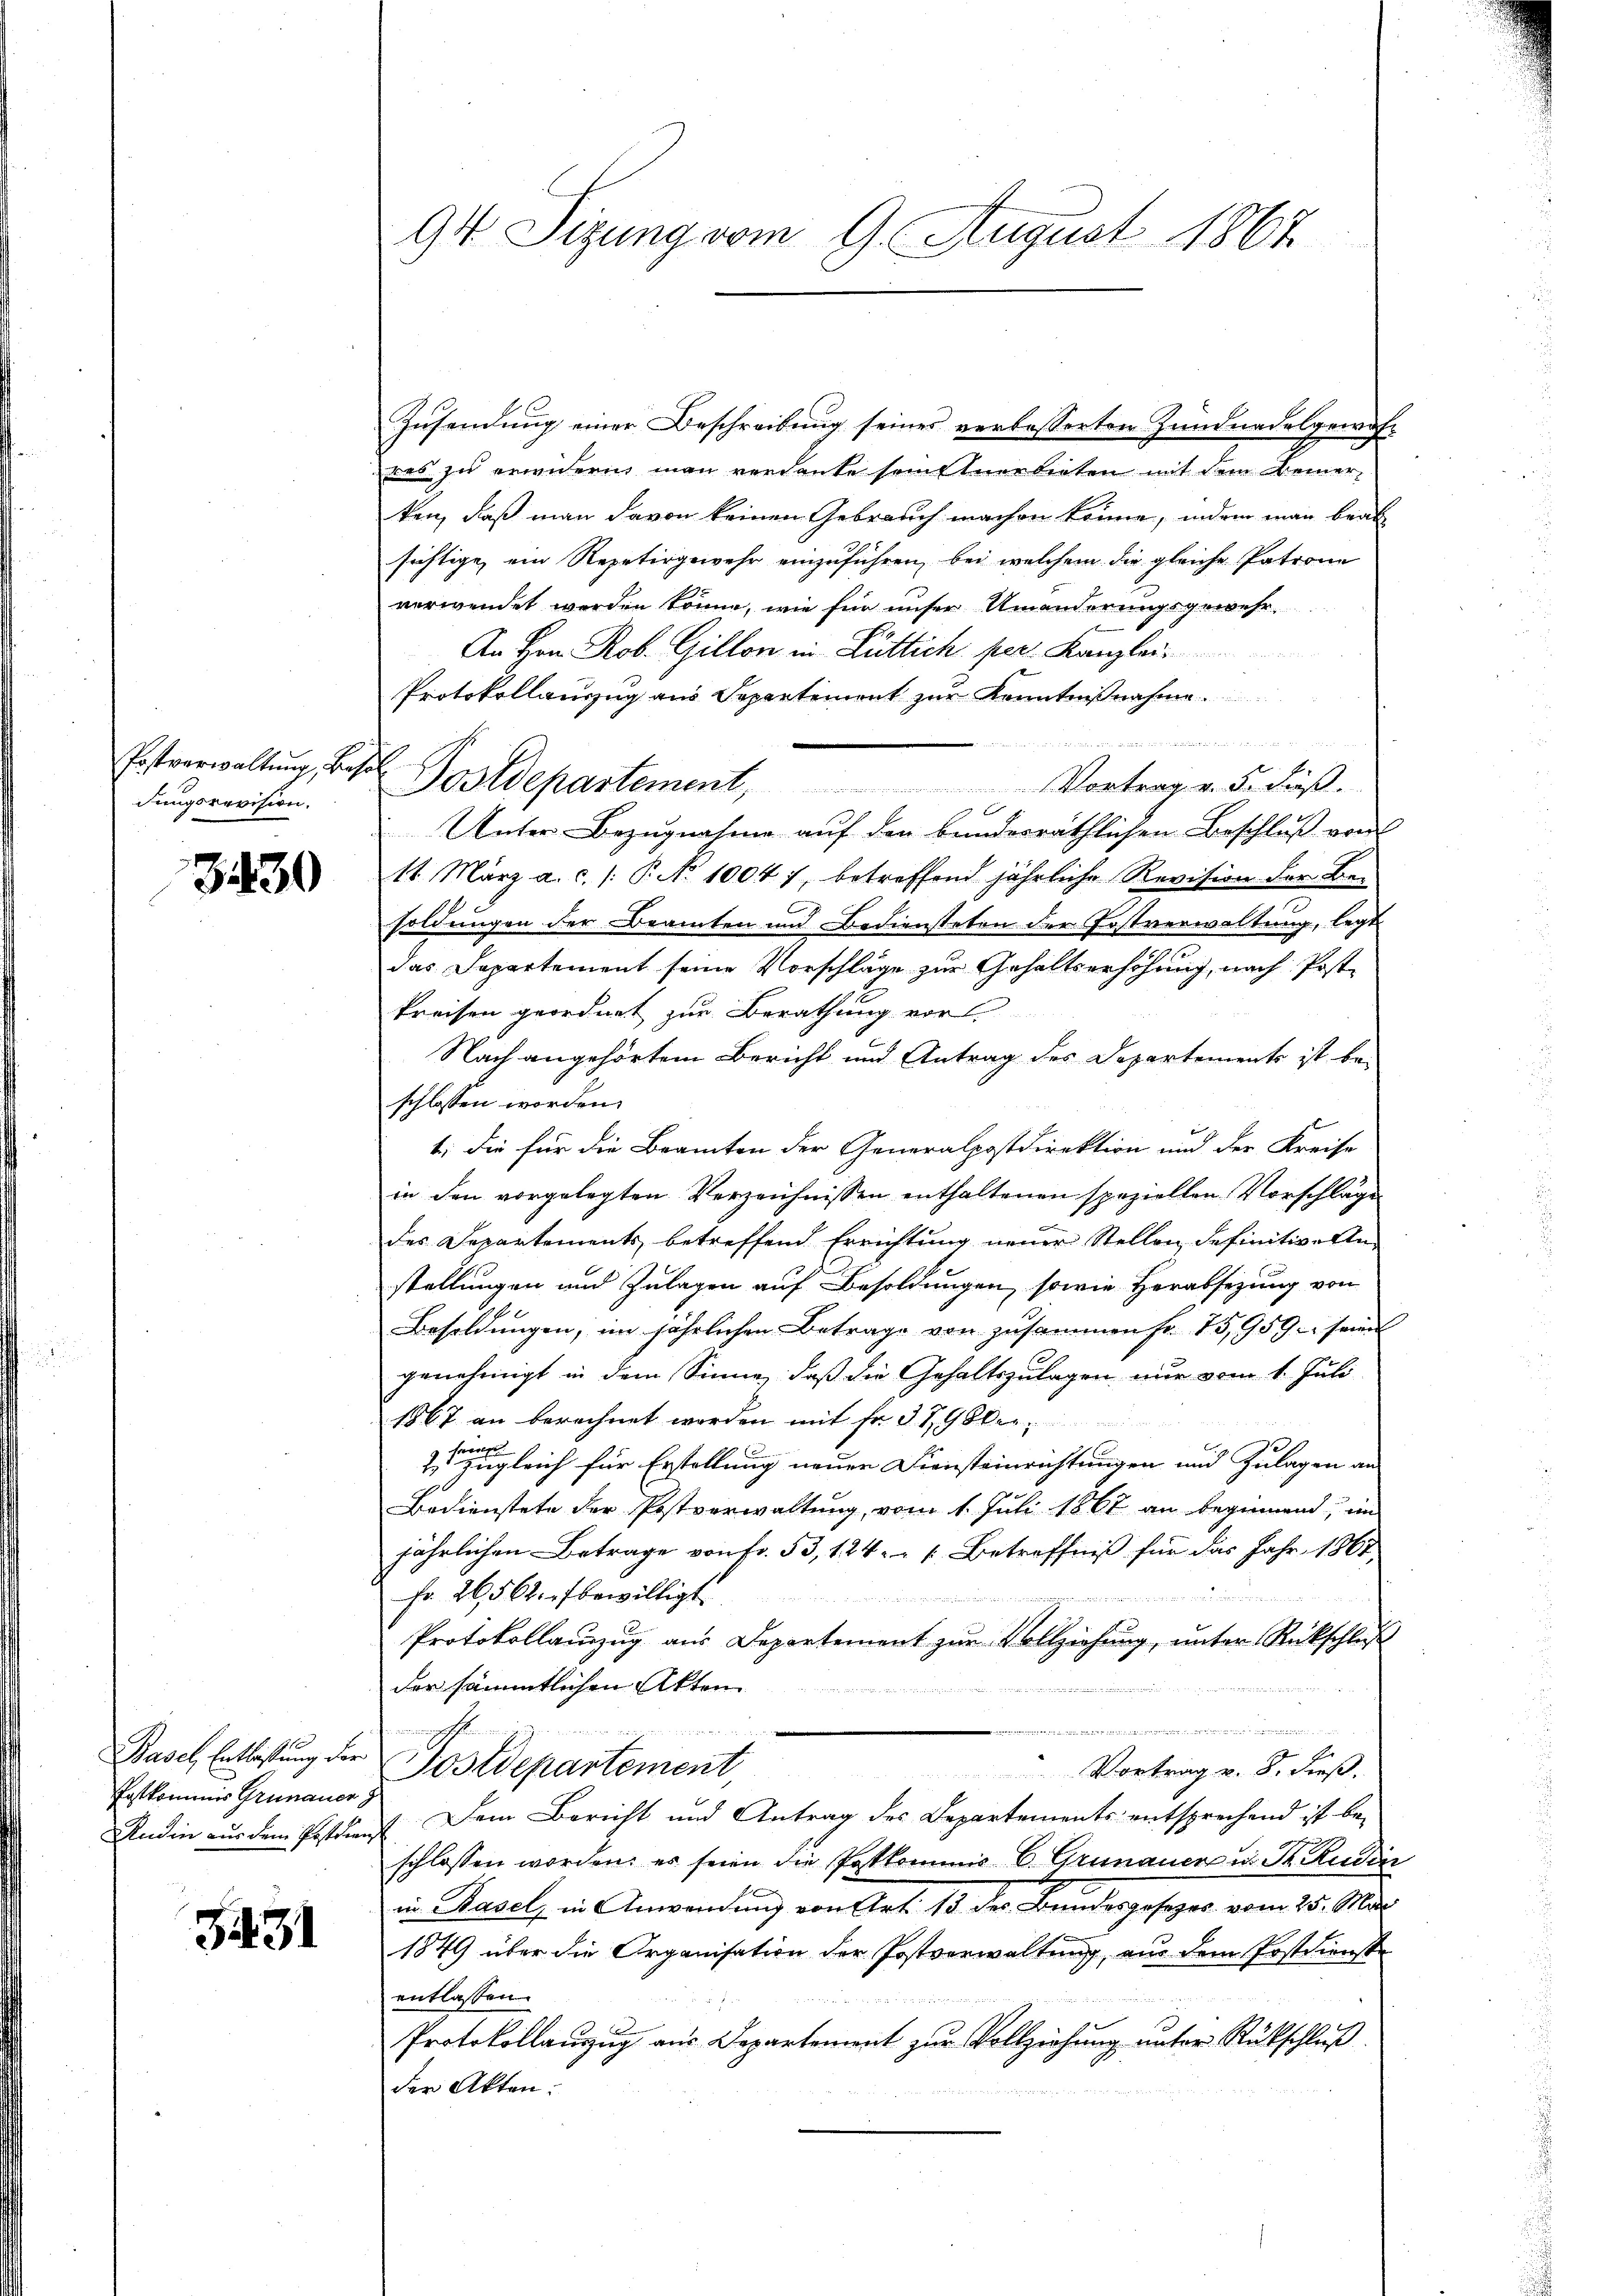
Postverwaltung, behol
dungsrevision.

3430

Patkommnis Grünauer

331

94 Sizung vom 9. August 1867

Zusendung einer Beschreibung seines verbesserten Zundnadelgewahres zu erwidern man verdanke seinstnerbieten mit dem Bemerken, daß man davon keinen Gebrauch machen könne, indem man beab
sichtige, ein Repetirgewehr einzuführen, bei welchem die gleiche Patrone
verwendet werden könne, wie für unser Umänderungsgewehr
An Hrn. Rob. Gillon in Lüttich per Kanzlei
Protokollauszug aus Separtement zur Kenntnißnahme.
e

Postdepartement,
Vortrag v. 5. Fuß.
Unter-Bezugnahme auf den bundesräthlichen Beschluß von
11. März a. c. /: P. No 1004 7, betreffend jährliche Revision der Besoldungen der Beamten und Bediensteten der Postverwaltung, legt
n
das Departement seine Vorschläge zur Gehaltserhöhung, nach Post¬
Preisen geordnet zur Berathung vor
Nach angehörtem Bericht und Antrag des Departements ist be-
schlossen worden.
1; die für die Beamten der Generalpostdirektion und der Kreise
in den vorgelegten Verzeichnissen enthaltenen speziellen Vorschläge
des Departements betreffend Errichtung neuer Stellen definitive An-
stellungen und Zulagen auf Besoldungen, sowie Herabsezung von
Besoldungen, im jährlichen Betrage von zusammen fr. 75,959 seine
genehmigt in dem Sinne, daß die Gehaltszulagen nur vom 1. Juli
1867 an berechnet werden mit Fr. 379 Oberzugleich für Erstellung neuer Diensteinrichtungen und Zulagen an
Bedienstete der Postverwaltung, vom 1. Juli 1867 an beginnend, un
jährlichen Betrage von fr. 53, 124 [Betreffniß für das Jahr 1861
fr. 26562. bewilligt.

Protokollauszug aus Departement zur Vollziehung, unter Rückschluß
der sämmtlichen Akten
.

emischen
Basel Entlastung der Postdepartement,
Vortrag v. 8. dieß.
A
Andin nur dem Postdenst Dem Bericht und Antrag des Departements entsprechend ist be-
schlossen worden, es seien die Postkommis E. Grünauer u. S. Rudin
in Basel, in Anwendung von Art. 13. der Bundesgesezes vom 25. Mär
1849 über die Organisation der Postverwaltung, aus dem Postdienste
entlassen.
28
Protokollauszug aus Departement zur Vollziehung unter Rückschluß
der Akten.